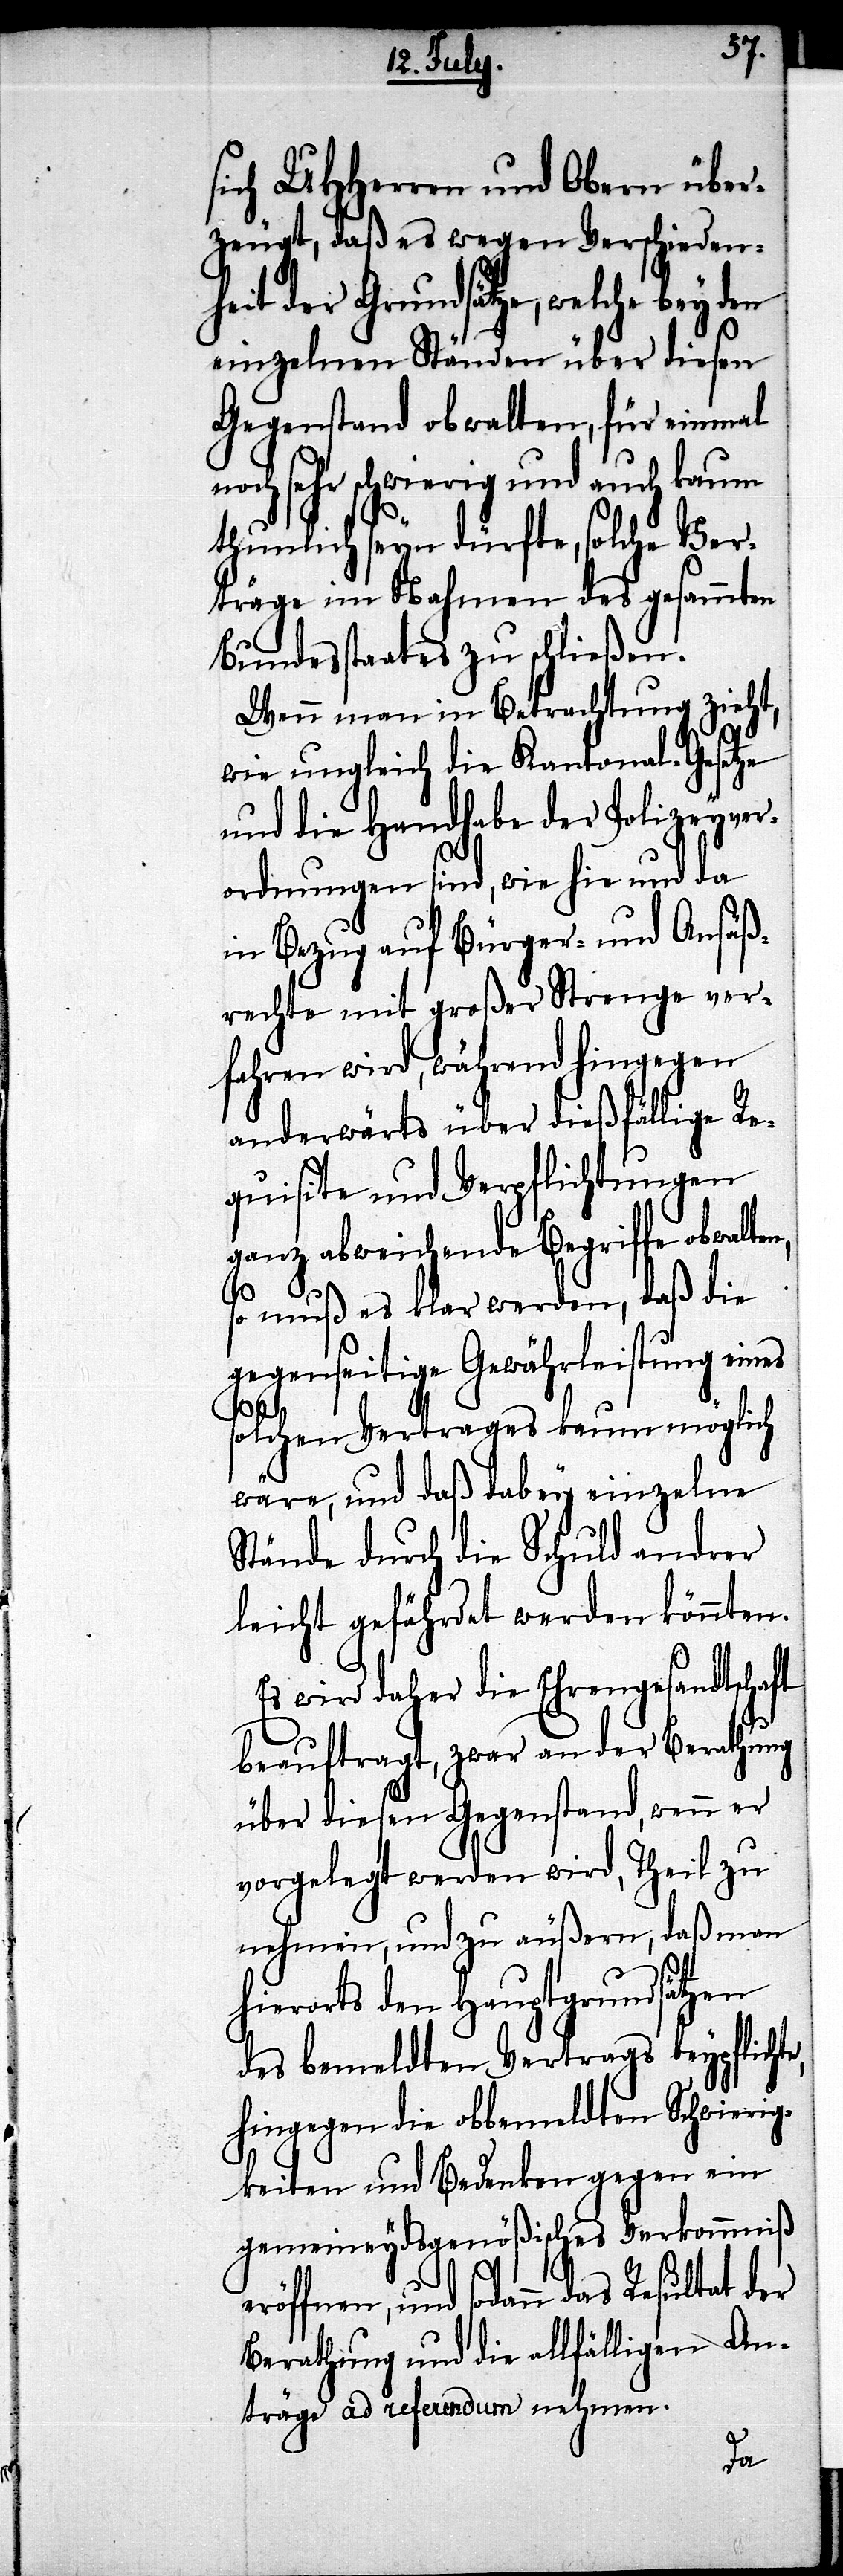
sich UHHerren und Obern über¬
zeugt, daß es wegen Verschieden¬
heit der Grundsätze, welche bey den
einzelnen Ständen über diesen
Gegenstand obwalten, für einmal
noch sehr schwierig und auch kaum
thunlich seyn dürfte, solche Ver¬
träge im Nahmen des gesammten
Bundesstaates zu schließen.
Wenn man in Betrachtung zieht,
wie ungleich die Kantonal-Gesetze
und die Handhabe der Polizeyver¬
ordnungen sind, wie hie und da
in Bezug auf Bürger- und Ansäß¬
rechte mit großer Strenge vor¬
fahren wird, während hingegen
anderwärts über dießfällige Re¬
quisite und Verpflichtungen
ganz abweichende Begriffe obwalten,
so muß es klar werden, daß die
gegenseitige Gewährleistung eines
solchen Vertrages kaum möglich
wäre, und daß dabey einzelne
Stände durch die Schuld andrer
leicht gefährdet werden könnten.
Es wird daher die Ehrengesandtschaft
beauftragt, zwar an der Berathung
über diesen Gegenstand, wenn er
vorgelegt werden wird, Theil zu
nehmen, und zu äußern, daß man
hierorts den Hauptgrundsätzen
des bemeldten Vertrags beypflicht¬
hingegen die obbemeldten Schwierig¬
keiten und Bedenken gegen ein
gemeindeydsgenößisches Verkommniß
eröffnen, und sodann das Resultat der
Berathung und die allfälligen An¬
träge ad referendum nehmen.
e,